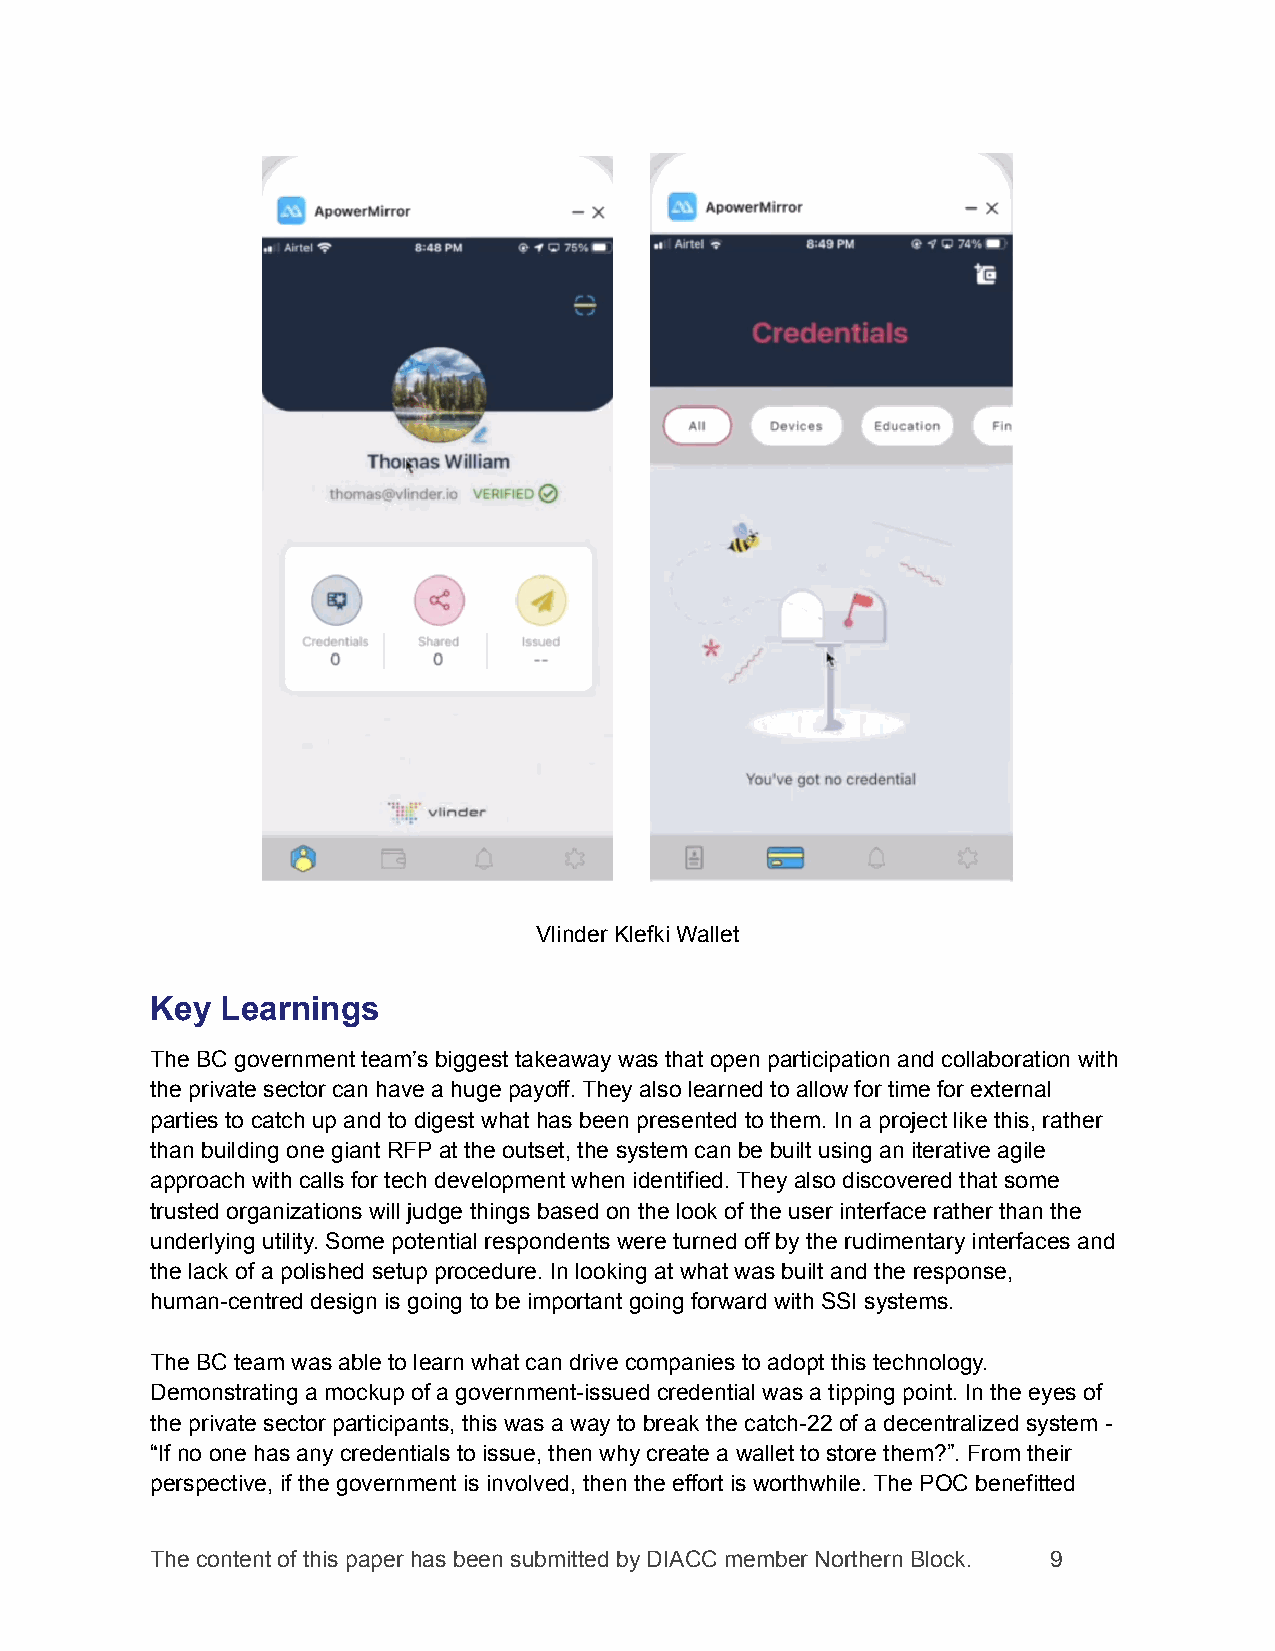
Vlinder Klefki Wallet
 Key  Learnings
 The BC government team’s biggest takeaway was that open participation and collaboration with
 the private sector can have a huge payoff. They also learned to allow for time for external
 parties to catch up and to digest what has been presented to them. In a project like this, rather
 than building one giant RFP at the outset, the system can be built using an iterative agile
 approach with calls for tech development when identified. They also discovered that some
 trusted organizations will judge things based on the look of the user interface rather than the
 underlying utility. Some potential respondents were turned off by the rudimentary interfaces and
 the lack of a polished setup procedure. In looking at what was built and the response,
 human-centred design is going to be important going forward with SSI systems.
 The BC team was able to learn what can drive companies to adopt this technology.
 Demonstrating a mockup of a government-issued credential was a tipping point. In the eyes of
 the private sector participants, this was a way to break the catch-22 of a decentralized system -
 “If no one has any credentials to issue, then why create a wallet to store them?”. From their
 perspective, if the government is involved, then the effort is worthwhile. The POC benefitted
 The content of this paper has been submitted by DIACC member Northern Block. 9